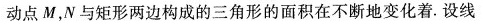
动点M，N与矩形两边构成的三角形的面积在不断地变化着。设线